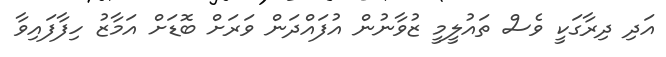
އަދި ދިރާގަކީ ވެސް ތައުލީމީ ޒުވާނުން އުފައްދަން ވަރަށް ބޮޑަށް އަމާޒު ހިފާފައިވާ